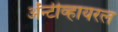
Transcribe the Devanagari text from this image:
अॅन्टीव्हायरल